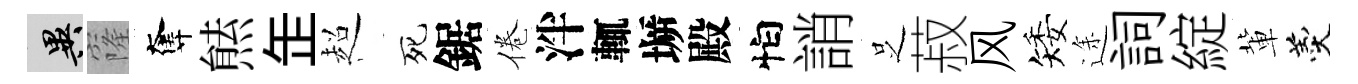
异窿奪㷱𦈢超死鋸倦泮輒󶱲殿怕誚𠯁菽风矮途詞綻軰羹